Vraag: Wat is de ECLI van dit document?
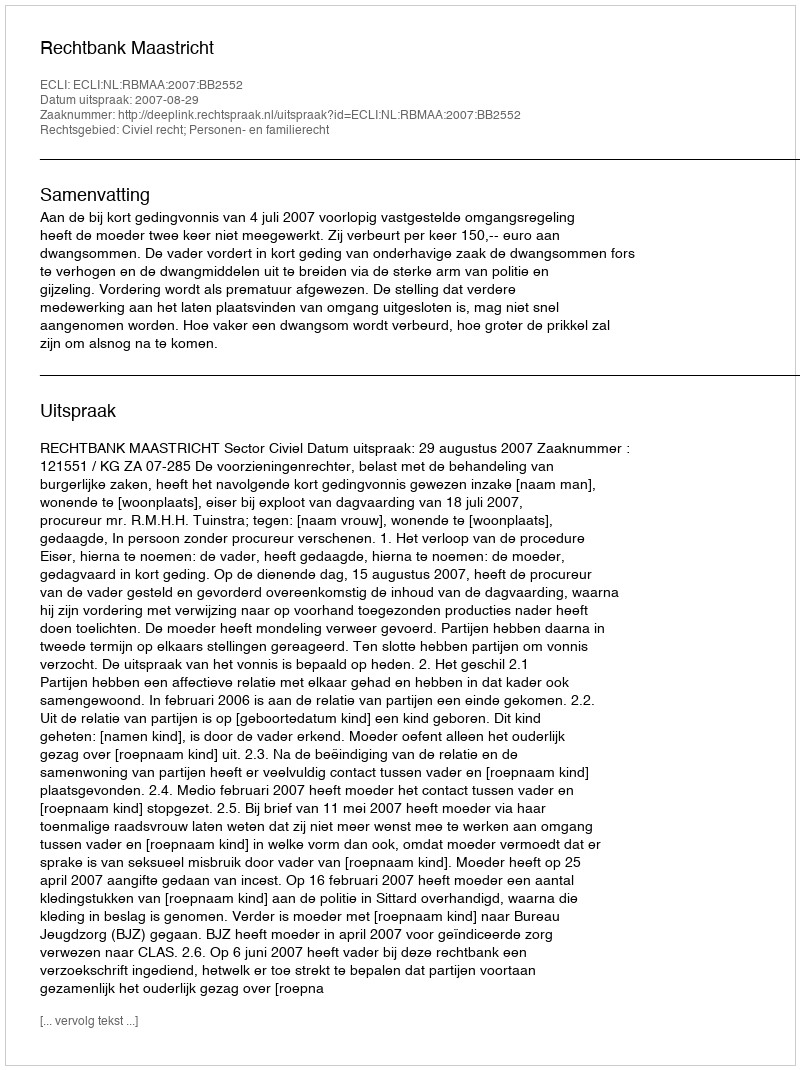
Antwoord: ECLI:NL:RBMAA:2007:BB2552